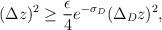
LaTeX: \begin{align*}(\Delta z)^2\ge {\epsilon\over 4} e^{-\sigma_D}(\Delta_D z)^2,\end{align*}